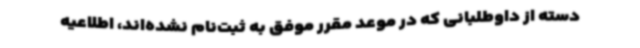
دسته از داوطلبانی که در موعد مقرر موفق به ثبت‌نام نشده‌اند، اطلاعیه